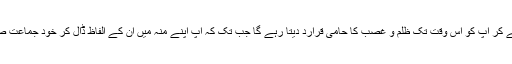
ایک گرو ہ یزید کی آڑ لے کر آپ کو اس وقت تک ظلم و غصب کا حامی قرارد دیتا رہے گا جب تک کہ آپ اپنے منہ میں ان کے الفاظ ڈال کر خود جماعت صحابہؓ پر تبراء نہ کردیں۔